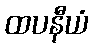
ထပနီယံ